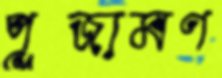
পূজামণ